Vaccination in Bombay 1869-1873 - 1869-1873
Year: 1869
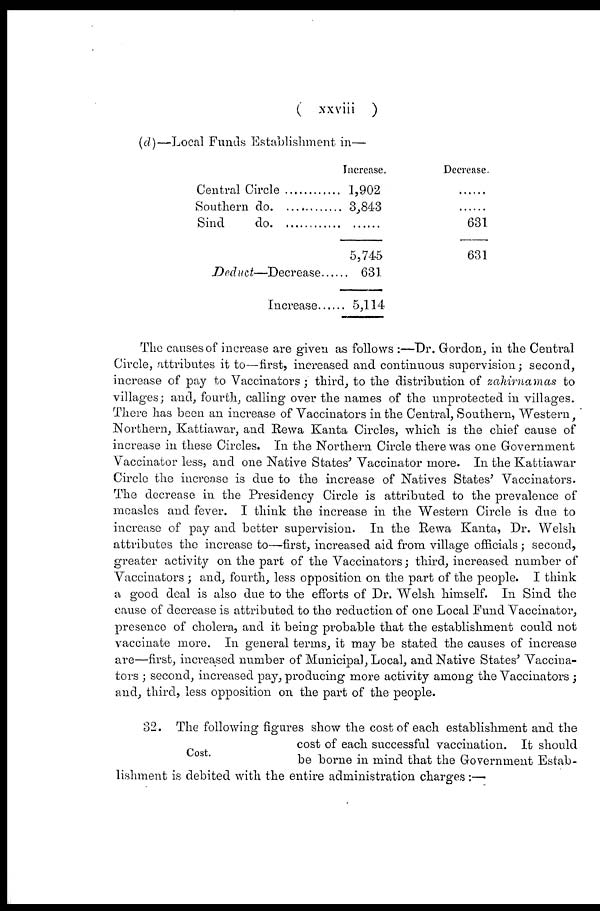
( xxviii )
(d)—Local Funds Establishment in—
Central Circle ................
Southern do. ...............
Sind do. ...............
Deduct—Decrease
Increase......
Increase.
1,902
3,843
......
5,745
631
5,114
Decrease.
......
......
631
631
The causes of increase are given as follows :—Dr. Gordon, in the Central
Circle, attributes it to—first, increased and continuous supervision; second,
increase of pay to Vaccinators ; third, to the distribution of zahirnamas to
villages; and, fourth, calling over the names of the unprotected in villages.
There has been an increase of Vaccinators in the Central, Southern, Western,
Northern, Kattiawar, and Rewa Kanta Circles, which is the chief cause of
increase in these Circles. In the Northern Circle there was one Government
Vaccinator less, and one Native States' Vaccinator more. In the Kattiawar
Circle the increase is due to the increase of Natives States' Vaccinators.
The decrease in the Presidency Circle is attributed to the prevalence of
measles and fever. I think the increase in the Western Circle is due to
increase of pay and better supervision. In the Rewa Kanta, Dr. Welsh
attributes the increase to—first, increased aid from village officials ; second,
greater activity on the part of the Vaccinators; third, increased number of
Vaccinators ; and, fourth, less opposition on the part of the people. I think
a good deal is also due to the efforts of Dr. Welsh himself. In Sind the
cause of decrease is attributed to the reduction of one Local Fund Vaccinator,
presence of cholera, and it being probable that the establishment could not
vaccinate more. In general terms, it may be stated the causes of increase
are—first, increased number of Municipal, Local, and Native States' Vaccina-
tors ; second, increased pay, producing more activity among the Vaccinators ;
and, third, less opposition on the part of the people.
Cost.
32. The following figures show the cost of each establishment and the
cost of each successful vaccination. It should
be borne in mind that the Government Estab-
lishment is debited with the entire administration charges:—